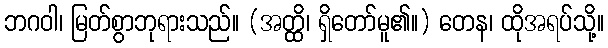
ဘဂဝါ၊ မြတ်စွာဘုရားသည်။ (အတ္ထိ၊ ရှိတော်မူ၏။) တေန၊ ထိုအရပ်သို့။